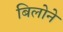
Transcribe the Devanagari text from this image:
बिलोने